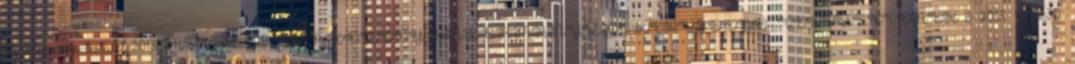
A Képviselő-testület 2013. MIHÁLYHÁZA KÖZSÉG ÖNKORMÁNYZAT KÉPVISELŐ- TESTÜLETÉNEK. 8 2013. IV.30.